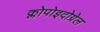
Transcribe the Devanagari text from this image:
क्लोपोइदोग्रेल